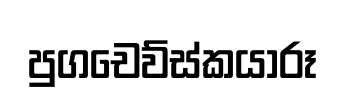
පුගචෙව්ස්කයාරූ